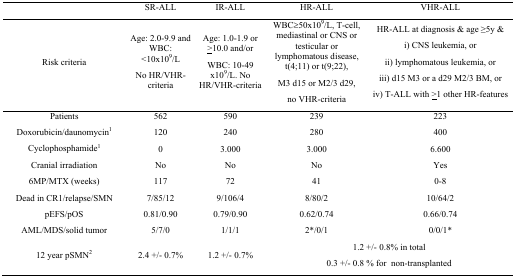
<table><thead><tr><td></td><td><b>SR-ALL</b></td><td><b>IR-ALL</b></td><td><b>HR-ALL</b></td><td><b>VHR-ALL</b></td></tr><tr><td><b>Risk criteria</b></td><td><b>Age: 2.0–9.9 and WBC: &lt;10x10<sup>9</sup>/LNo HR/VHR-criteria</b></td><td><b>Age: 1.0–1.9 or ≥10.0 and/orWBC: 10–49 x10<sup>9</sup>/L. No HR/VHR-criteria</b></td><td><b>WBC≥50x10<sup>9</sup>/L, T-cell, mediastinal or CNS or testicular or lymphomatous disease, t(4;11) or t(9;22),M3 d15 or M2/3 d29, no VHR-criteria</b></td><td><b>HR-ALL at diagnosis &amp; age ≥5y &amp;i) CNS leukemia, orii) lymphomatous leukemia, oriii) d15 M3 or a d29 M2/3 BM, oriv) T-ALL with ≥1 other HR-features</b></td></tr></thead><tbody><tr><td>Patients</td><td>562</td><td>590</td><td>239</td><td>223</td></tr><tr><td>Doxorubicin/daunomycin<sup>1</sup></td><td>120</td><td>240</td><td>280</td><td>400</td></tr><tr><td>Cyclophosphamide<sup>1</sup></td><td>0</td><td>3.000</td><td>3.000</td><td>6.600</td></tr><tr><td>Cranial irradiation</td><td>No</td><td>No</td><td>No</td><td>Yes</td></tr><tr><td>6MP/MTX (weeks)</td><td>117</td><td>72</td><td>41</td><td>0–8</td></tr><tr><td>Dead in CR1/relapse/SMN</td><td>7/85/12</td><td>9/106/4</td><td>8/80/2</td><td>10/64/2</td></tr><tr><td>pEFS/pOS</td><td>0.81/0.90</td><td>0.79/0.90</td><td>0.62/0.74</td><td>0.66/0.74</td></tr><tr><td>AML/MDS/solid tumor</td><td>5/7/0</td><td>1/1/1</td><td>2*/0/1</td><td>0/0/1*</td></tr><tr><td>12 year pSMN<sup>2</sup></td><td>2.4 +/− 0.7%</td><td>1.2 +/− 0.7%</td><td colspan="2">1.2 +/− 0.8% in total0.3 +/− 0.8 % for non-transplanted</td></tr></tbody></table>